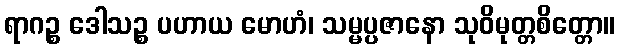
ရာဂဉ္စ ဒေါသဉ္စ ပဟာယ မောဟံ၊ သမ္မပ္ပဇာနော သုဝိမုတ္တစိတ္တော။